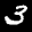
Label: 3